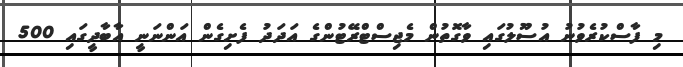
މި ފާސްކުރެވުނު އުސޫލުގައި ވާގޮތުން މެޖިސްޓްރޭޓުންގެ އަދަދު ފެށިގެން އަންނަނީ އާބާދީގައި 500